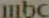
mbc